Scottish Leaving Certificate Examination, 1961
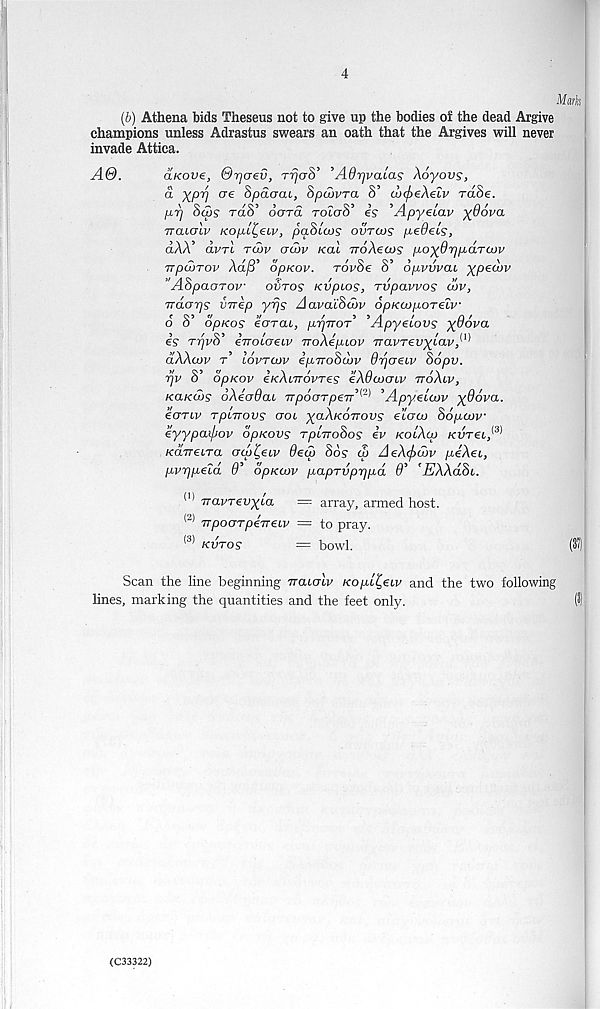
4
Mark
(b) Athena bids Theseus not to give up the bodies of the dead Argive
champions unless Adrastus swears an oath that the Argives will never
invade Attica.
A©.
aKove, ©rjaev, TTjcrS’ ’AOrjvaLas Xoyovs,
a yprj ere Spdaai, Spcbvra 8’ (LcfreXelv rdSe.
pr] 8u>s Ta8’ OCTTa TOtcrS’ is ’Apyeiav ydova
iraLOiv Kopi^eiv, paSiws ovtcos pedeis,
dAA’ dvrl tcov crarv koll TToXecos po)(0r]pd-TUIV
irptOTov Xafi’ opKov. rovSe 8’ opvvvai ypeebv
’A8paoTov outos Kvpios, Tvpavvos cvv,
Trdarjs virep yrjs AavaiSwv opKcopcnelv
6 S’ dpKos eerreu, prjTroA 'Apyeiovs ydovci
is r^vS’ ivoLoeuv TroXiptov iravrevyiav
dXXcov t’ Iovtcjv ipirohoov Orjcreiv Sopv.
rjv 8’ dpKov iKXiTTOVTes eXda><7Lv rroXiv,
KaKtos oXioQab TTpooTpeir'’^ ’Apyeiaiv ydova.
eoTiv rpLirovs ool yaXKOimvs eiaw Sopcov
eyypaifiov opreovs TpcrroSos iv KoiXcp kvt€l,^
k<x7T€lt(x <jipt,eiv Oeu) So? (I> AeX(f>djv piXei,
pvppeld 0’ dpKwv papTvprjpd 0’ ’EXXdSi,.
(li Travrevyia = array, armed host.
(2> TrpooTpeveiv = to pray.
(3) kvtos
— bowl.
(37)
Scan the line beginning vacalv Kopc^ecv and the two following
lines, marking the quantities and the feet only.
(3)
(C33322)